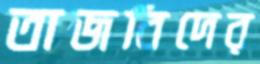
তাজবিদের